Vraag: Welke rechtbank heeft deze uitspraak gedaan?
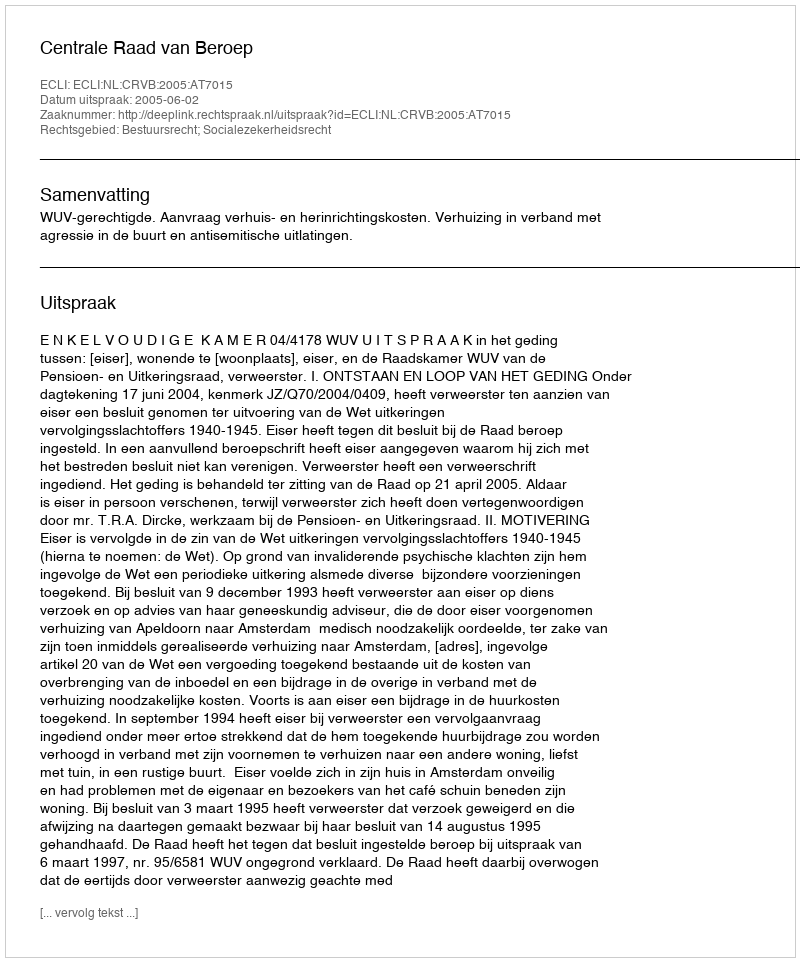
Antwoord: Centrale Raad van Beroep